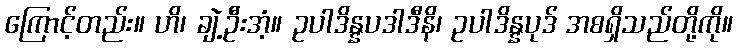
ကြောင့်တည်း။ ဟိ၊ ချဲ့ဦးအံ့။ ဥပါဒိန္နပဒါဒီနိ၊ ဥပါဒိန္နပုဒ် အစရှိသည်တို့ကို။